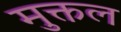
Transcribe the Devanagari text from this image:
मुक्तल